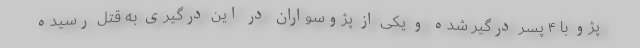
پژو با ۴ پسر درگیر شده و یکی از پژوسواران در این درگیری به قتل رسیده